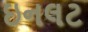
ઇનલટ